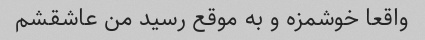
واقعا خوشمزه و به موقع رسید من عاشقشم